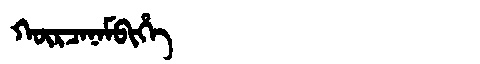
Manchu: ᡴᡡᡵᠴᠠᠨᠠᠮᠪᡳᡥᡝ
Romanization: KŪRCANAMBIHE